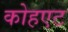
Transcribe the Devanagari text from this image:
कोहएट